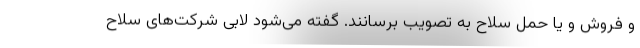
و فروش و یا حمل سلاح به تصویب برسانند. گفته می‌شود لابی شرکت‌های سلاح